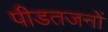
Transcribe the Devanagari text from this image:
पीडतजनों